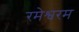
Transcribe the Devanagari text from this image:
रमेश्वरम